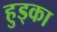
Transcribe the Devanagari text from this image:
हुड्का